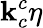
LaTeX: \mathbf{k}_{c}^{c}\eta